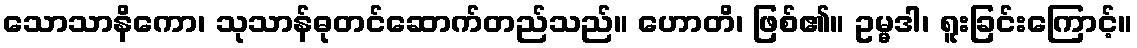
သောသာနိကော၊ သုသာန်ဓုတင်ဆောက်တည်သည်။ ဟောတိ၊ ဖြစ်၏။ ဥမ္မဒါ၊ ရူးခြင်းကြောင့်။